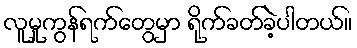
လူမှုကွန်ရက်တွေမှာ ရိုက်ခတ်ခဲ့ပါတယ်။